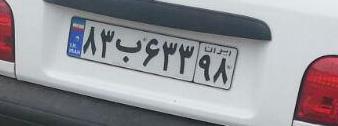
۸۳ب۶۳۳۹۸